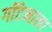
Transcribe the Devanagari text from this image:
गॉटेमाला